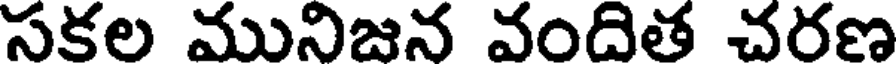
సకల మునిజన వందిత చరణ